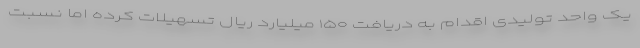
یک واحد تولیدی اقدام به دریافت ۱۵۰ میلیارد ریال تسهیلات کرده اما نسبت